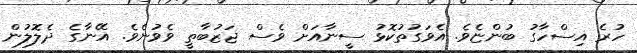
ހުރެ އިސްހާގު ބުންޏެވެ. އެވަގުތުކޮޅު ސީނާއަށް ވެސް ޖަޒުބާތީ ވެވުނެވެ. އޭނާގެ ދެލޮލުން